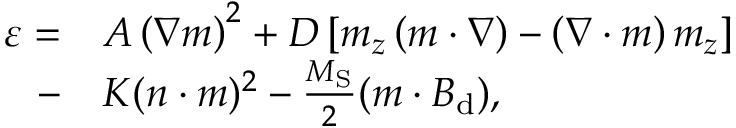
\begin{array} { r l } { \varepsilon = } & { A \left( \nabla \boldsymbol { m } \right) ^ { 2 } + D \left[ m _ { z } \left( \boldsymbol { m } \cdot \nabla \right) - \left( \nabla \cdot \boldsymbol { m } \right) m _ { z } \right] } \\ { - } & { K ( \boldsymbol { n } \cdot \boldsymbol { m } ) ^ { 2 } - \frac { M _ { \mathrm { S } } } { 2 } ( \boldsymbol { m } \cdot \boldsymbol { B } _ { \mathrm { d } } ) , } \end{array}